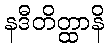
နဒီတိတ္ထာနိ